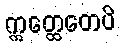
ဣတ္ထေတေပိ